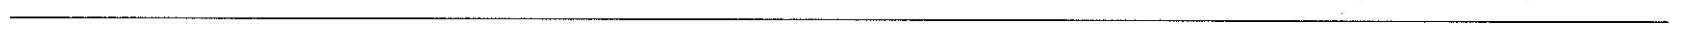
___